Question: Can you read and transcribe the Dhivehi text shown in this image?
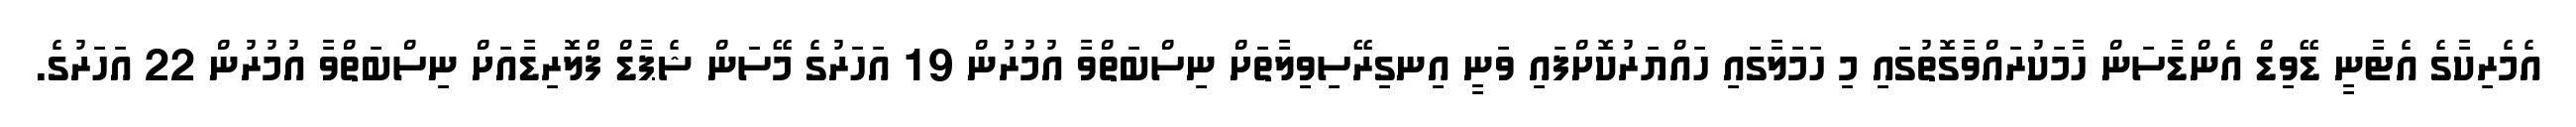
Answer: އެމެރިކާގެ އެޓާނީ ޑޭވިޑް އެންޑާސަން ހާމަކުރައްވާގޮތުގައި މި ހަމަލާގައި ހައްޔަރުކޮށްފައި ވަނީ އިނގިރޭސިވިލާތަށް ނިސްބަތްވާ އުމުރުން 19 އަހަރުގެ މޭސަން ޝެޕާޑް ފްލޮރިޑާއަށް ނިސްބަތްވާ އުމުރުން 22 އަހަރުގެ.